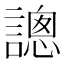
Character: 謥